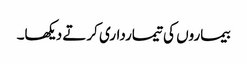
بیماروں کی تیمارداری کرتے دیکھا۔